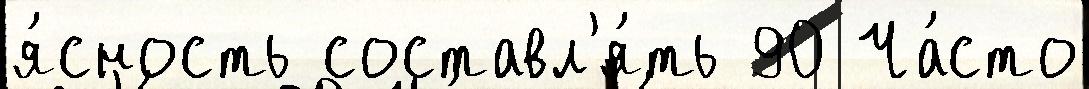
я́сность составл'я́ть 90 Ча́сто